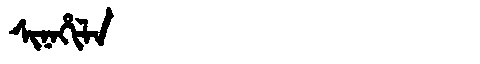
Manchu: ᠰᡳᠨᠠᡥᡳᠯᠠ
Romanization: SINAHILA